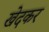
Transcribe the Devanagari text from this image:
खेदकर